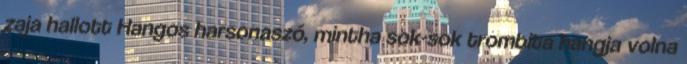
zaja hallott Hangos harsonaszó, mintha sok-sok trombita hangja volna